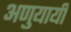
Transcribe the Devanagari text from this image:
अणुयायी